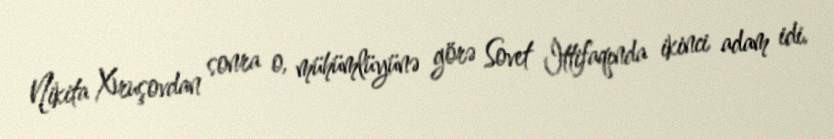
Nikita Xruşovdan sonra o, mühümlüyünə görə Sovet İttifaqında ikinci adam idi.